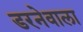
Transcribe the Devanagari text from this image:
डरनेवाला